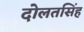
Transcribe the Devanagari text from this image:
दोलतसिंह